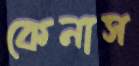
কেনাস